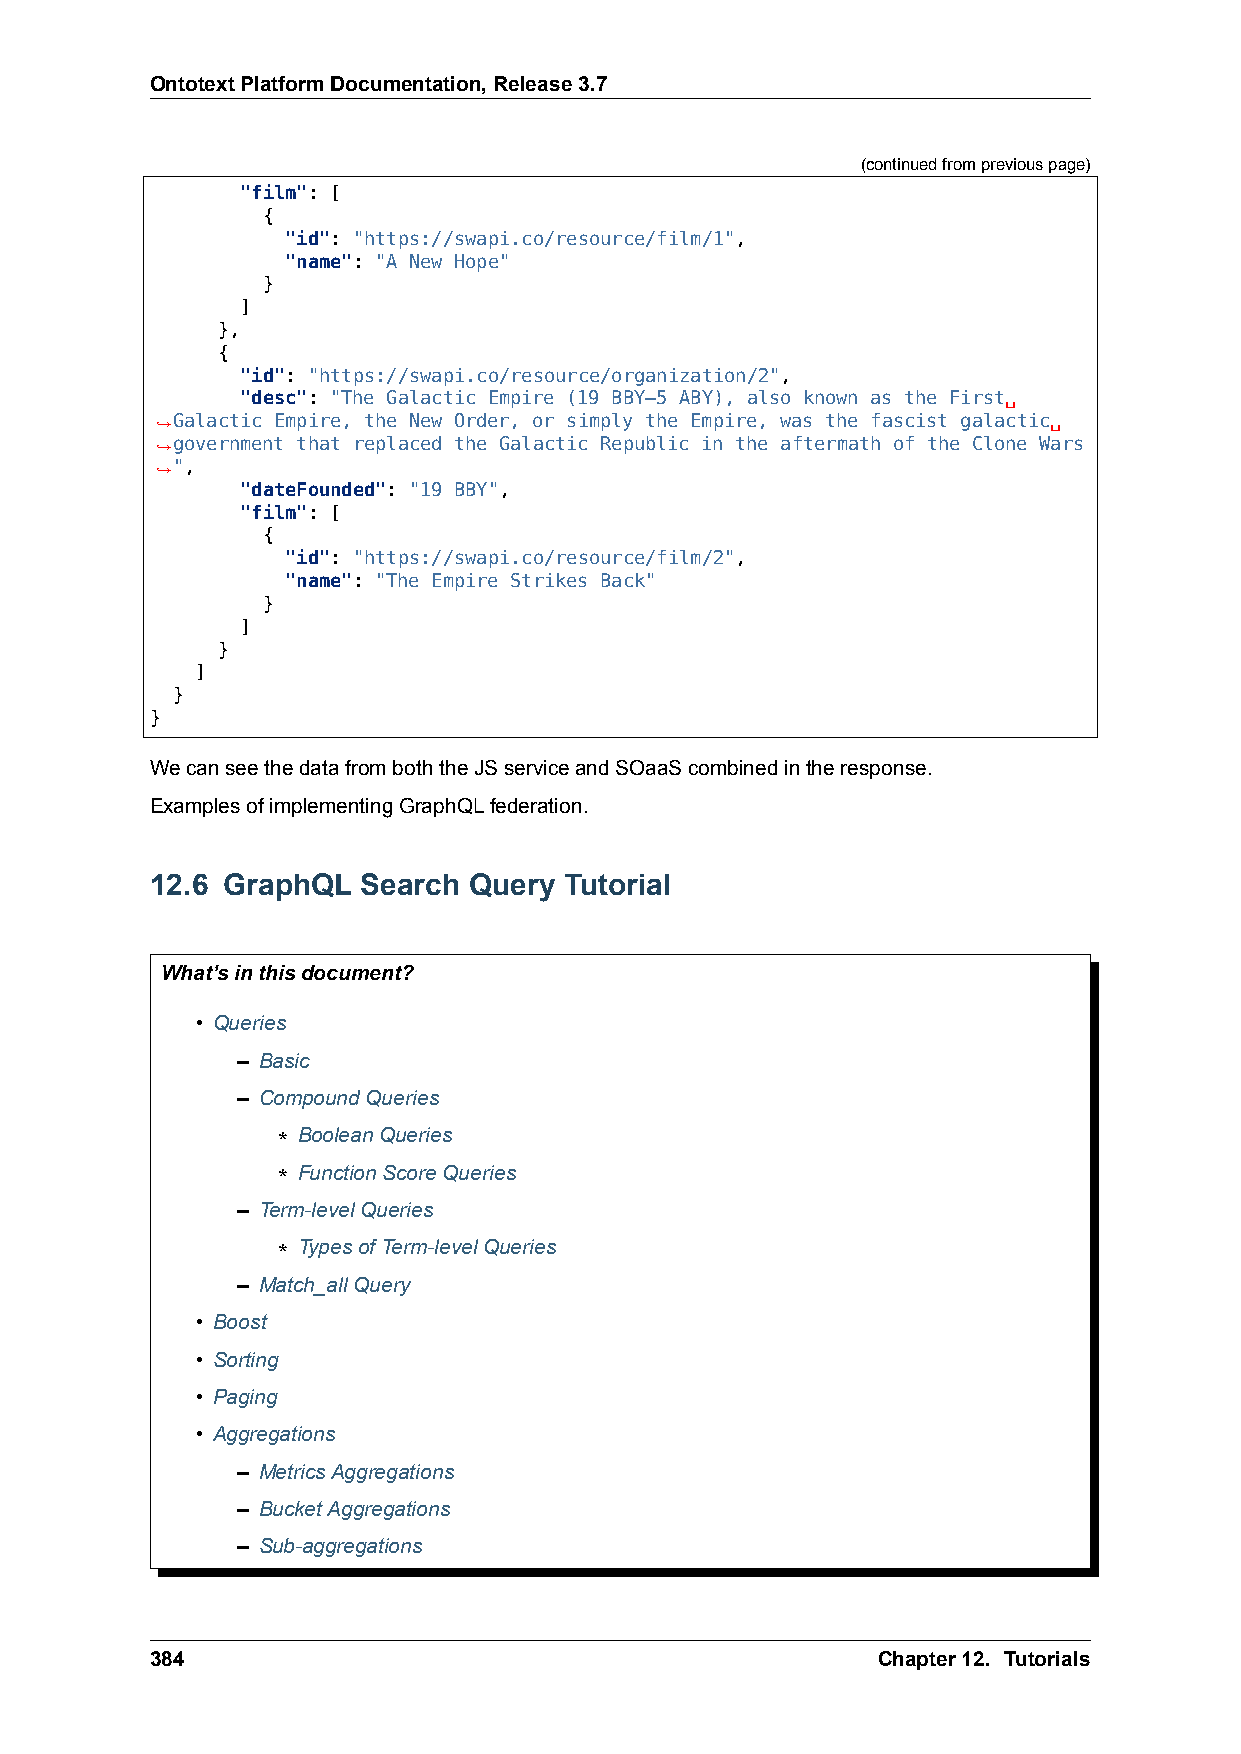
OntotextPlatformDocumentation,Release3.7
 (continuedfrompreviouspage)
 "film": [
 {
 "id": "https://swapi.co/resource/film/1",
 "name": "A New Hope"
 }
 ]
 },
 {
 "id": "https://swapi.co/resource/organization/2",
 "desc": "The Galactic Empire (19 BBY–5 ABY), also known as the First␣
 ,→Galactic Empire, the New Order, or simply the Empire, was the fascist galactic␣
 ,→government that replaced the Galactic Republic in the aftermath of the Clone Wars
 ,→",
 "dateFounded": "19 BBY",
 "film": [
 {
 "id": "https://swapi.co/resource/film/2",
 "name": "The Empire Strikes Back"
 }
 ]
 }
 ]
 }
 }
 WecanseethedatafromboththeJSserviceandSOaaScombinedintheresponse.
 ExamplesofimplementingGraphQLfederation.
 12.6 GraphQL  Search Query Tutorial
 What’sinthisdocument?
 • Queries
 – Basic
 – CompoundQueries
 * BooleanQueries
 * FunctionScoreQueries
 – Term-levelQueries
 * TypesofTerm-levelQueries
 – Match_allQuery
 • Boost
 • Sorting
 • Paging
 • Aggregations
 – MetricsAggregations
 – BucketAggregations
 – Sub-aggregations
 384                                             Chapter12. Tutorials